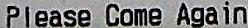
PLEASE COME AGAIN